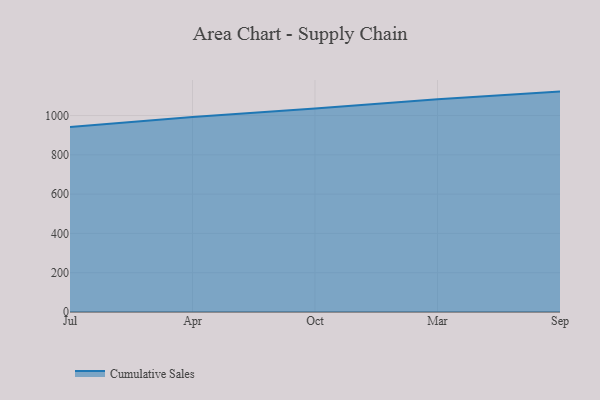
{"axis": {"x": "Month", "y": "Customer Acquisition Cost (USD)"}, "legend": ["Cumulative Sales"], "data": [{"x": "Jul", "y": 942.3, "type": "Cumulative Sales"}, {"x": "Apr", "y": 993.0, "type": "Cumulative Sales"}, {"x": "Oct", "y": 1035.7, "type": "Cumulative Sales"}, {"x": "Mar", "y": 1083.5, "type": "Cumulative Sales"}, {"x": "Sep", "y": 1121.9, "type": "Cumulative Sales"}]}